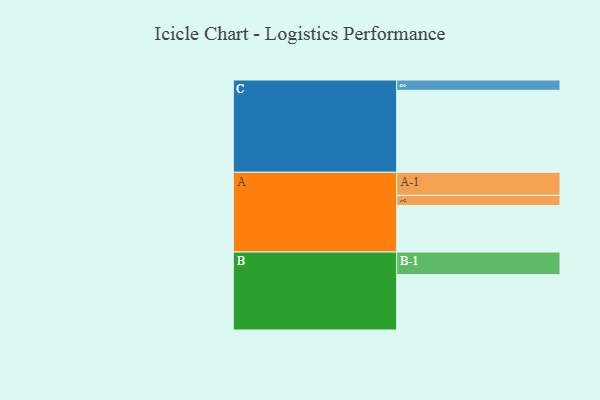
{"axis": {"x": "Segment", "y": "Value"}, "legend": ["", "A", "B", "C"], "data": [{"x": "A", "y": 319, "type": ""}, {"x": "B", "y": 379, "type": ""}, {"x": "C", "y": 561, "type": ""}, {"x": "A-1", "y": 158, "type": "A"}, {"x": "A-2", "y": 69, "type": "A"}, {"x": "B-1", "y": 155, "type": "B"}, {"x": "C-1", "y": 71, "type": "C"}]}